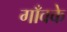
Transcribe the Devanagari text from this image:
गाँवके